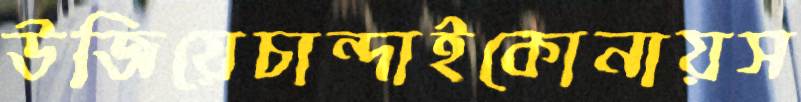
উজিয়েচান্দাইকোনায়স